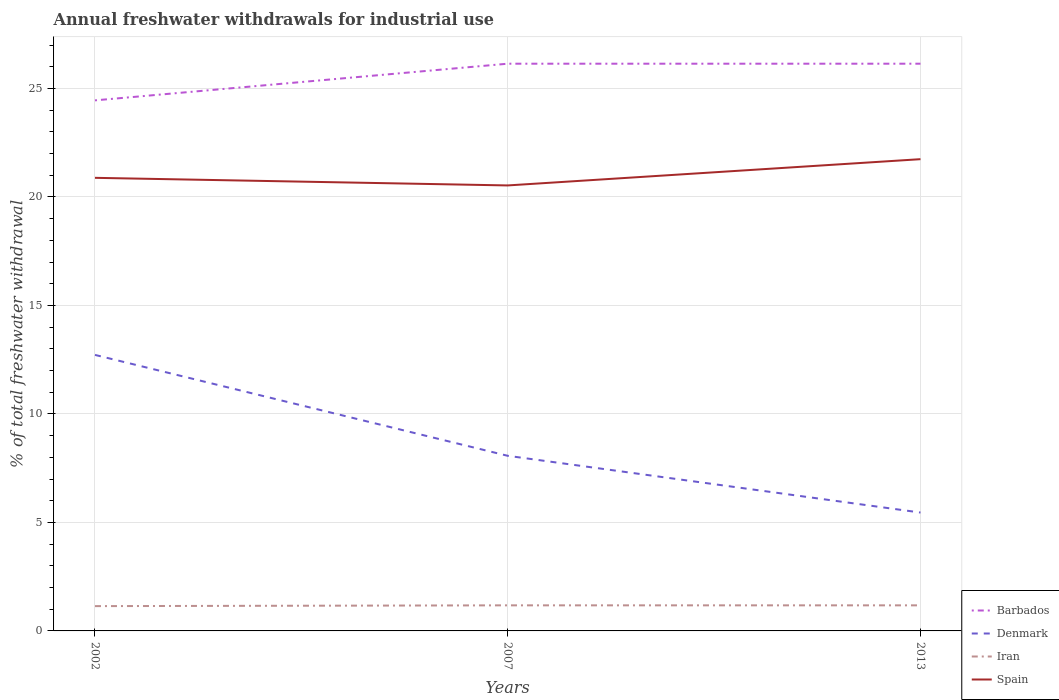
| Years | Barbados | Denmark | Iran | Spain |
 | --- | --- | --- | --- | --- |
 | 2002 | 24.4 | 12.7 | 1.14 | 20.9 |
 | 2007 | 26.1 | 8.07 | 1.18 | 20.5 |
 | 2013 | 26.1 | 5.46 | 1.18 | 21.7 |